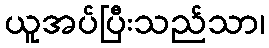
ယူအပ်ပြီးသည်သာ၊